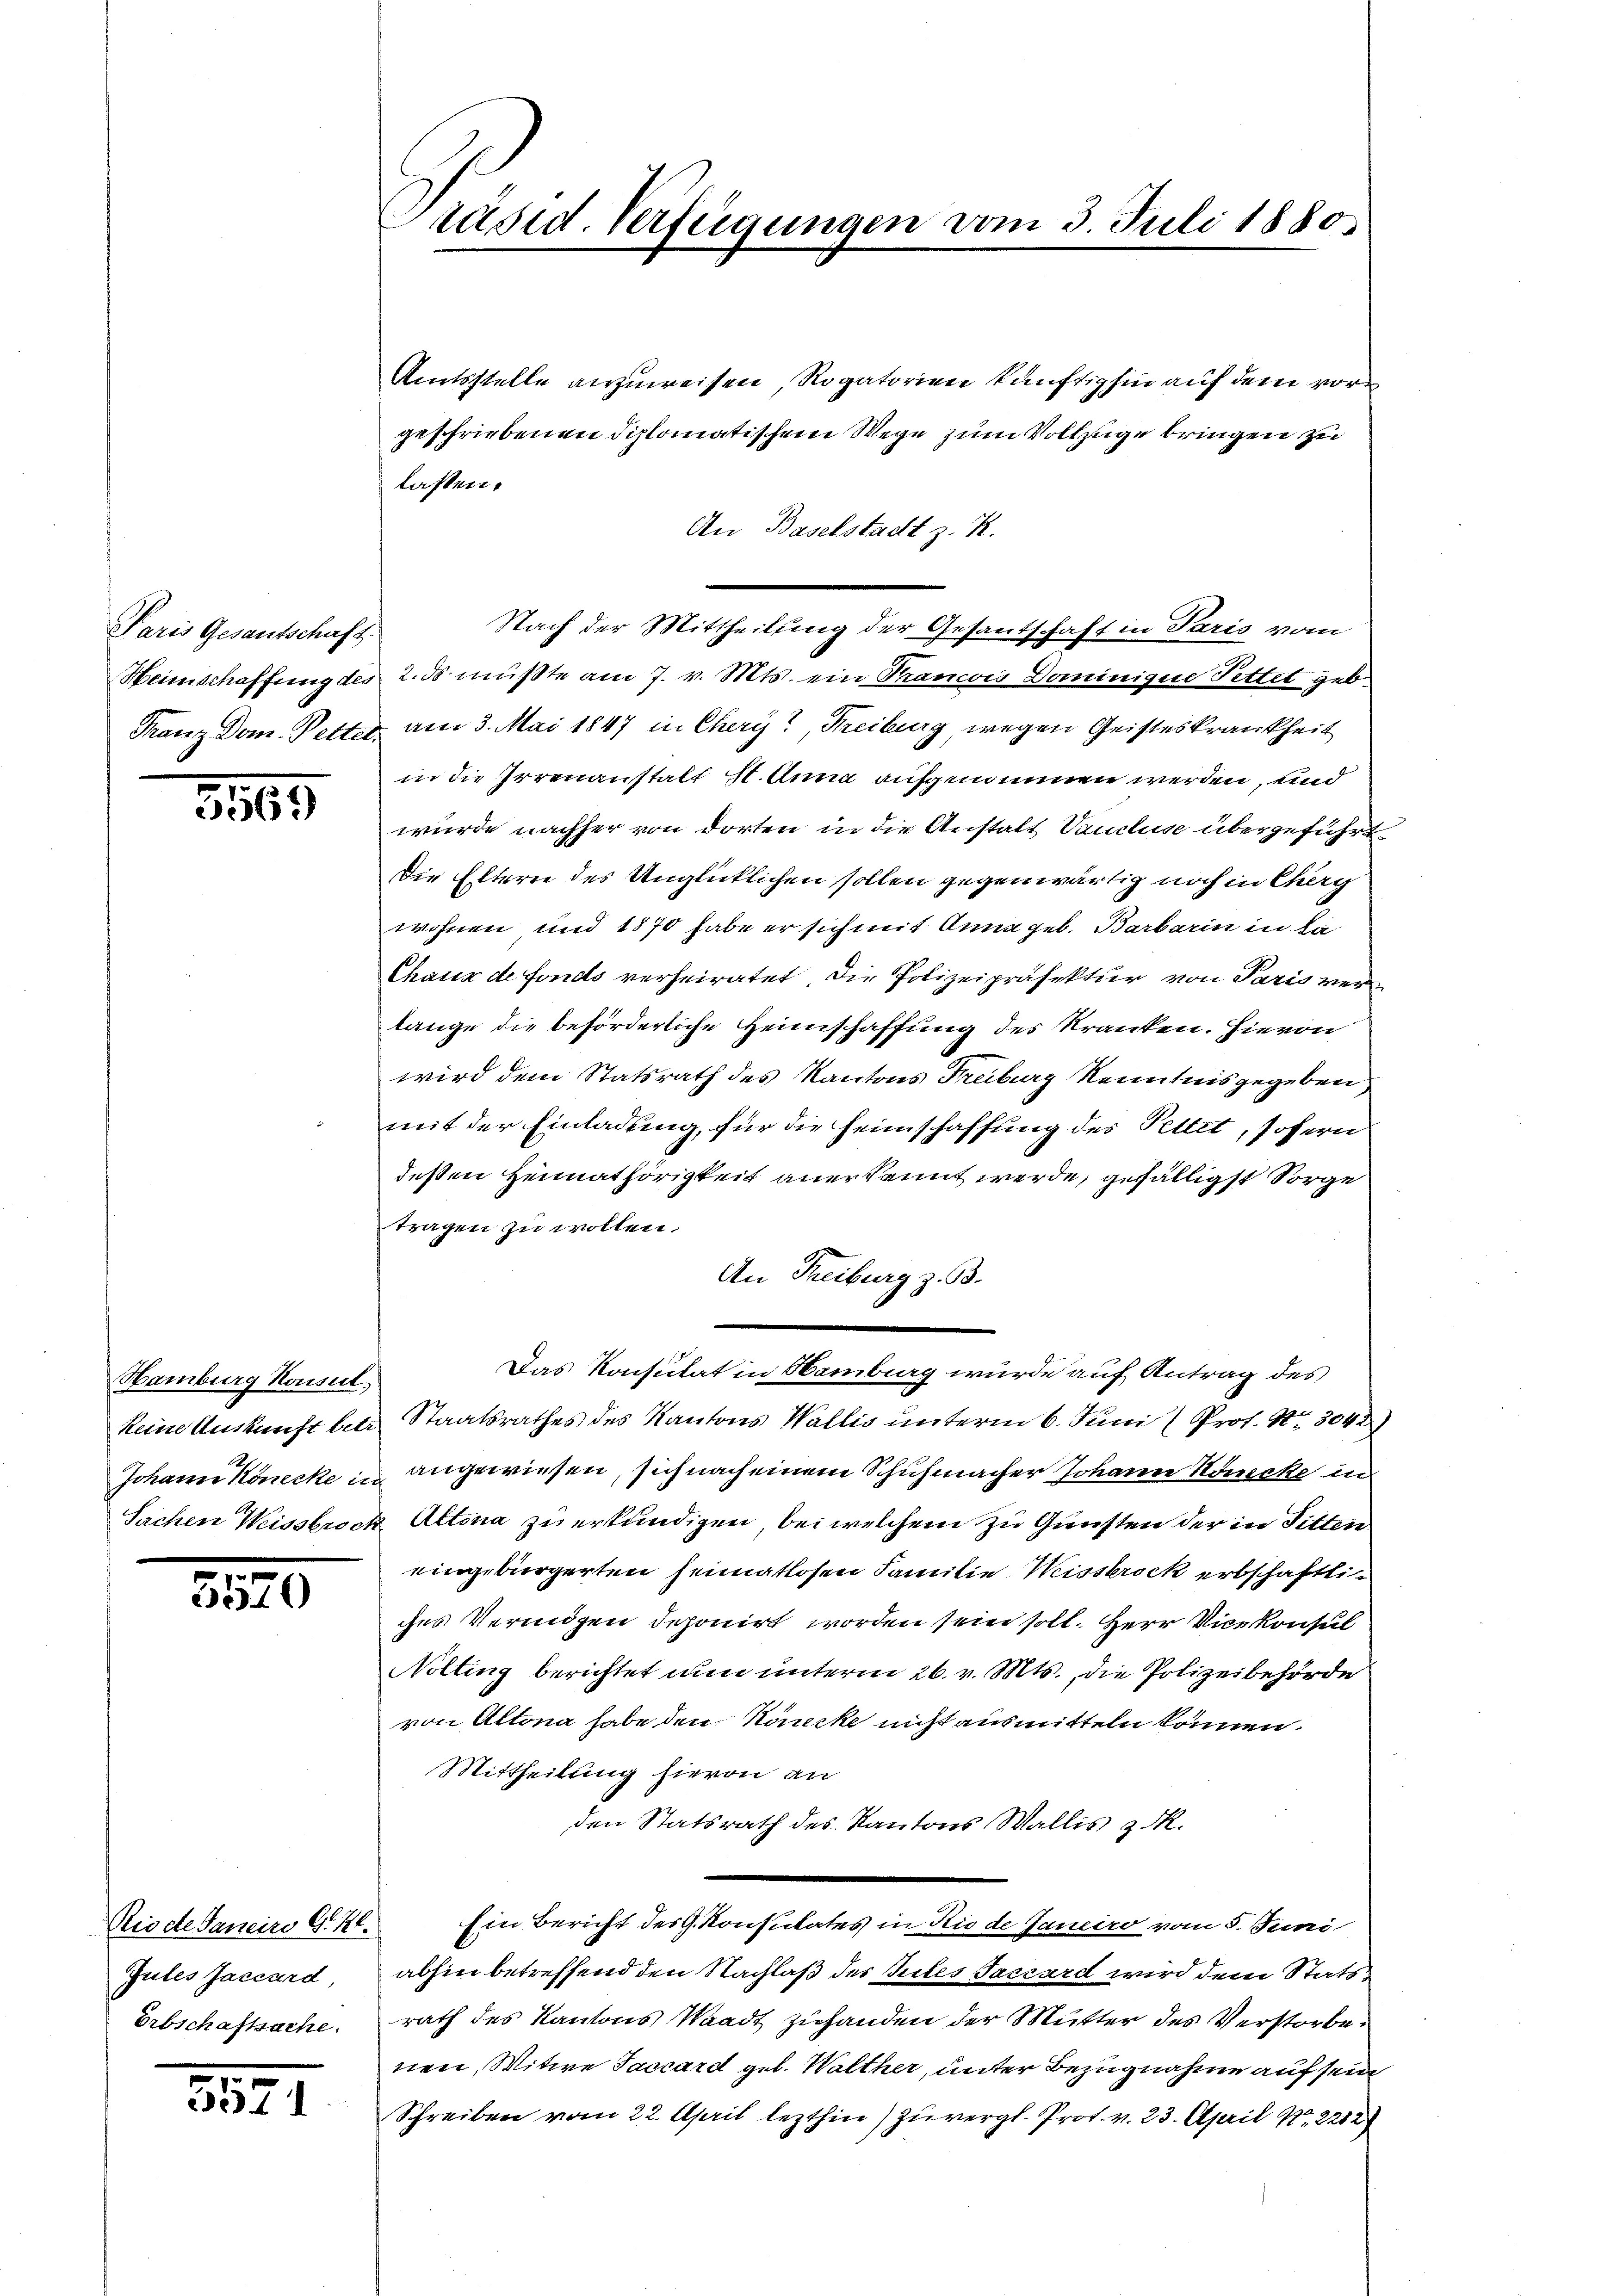
Dein Gantbeh
Franz Dom. Petter

3265

Hamburg Konsul,

2110

Gutes Jaccard
Erbschaftsache.

8577

Amtsstelle anzuweisen, Rogatorien künftighin auf dem vorgeschriebenen diplomatischem Wege zum Vollzuge bringen zu
lassen.
An Baselstadt z. R.
Nach der Mittheilung der Gesantschaft in Paris vom
Heimschaffung des 2. ds müßte am 7. v. Mts. ein Trancois Dominigen Fettet geb.
am 3. Mai 1847 in Chery, Freiburg, wegen Geisteskrankheit
in die Irrenanstalt 1. Anna aufgenommen werden, und
wurde nachher von dorten in die Anstalt Vancluse übergeführt
Die Eltern des Unglücklichen sollen gegenwärtig noch in Cherg
wohnen und 1870 habe er sich mit Anna geb. Barbarin in da-
Chaux de fonds verheiratet. Die Polizeipräfektur von Paris ver
lange die beförderliche Heimschaffung des Kranken. Hievon
wird dem Statsrath des Kantons Freiburg Kenntnisgegeben
mit der Einladung, für die Heimschaffung des Pettet, sofern
deßen Heimathörigkeit anerkannt werde, gefälligst Sorge
tragen zu wollen.
An Freiburg z. B.
Das Konsulat in Hamburg wurde auf Antrag des
keine Auskunft betr. Staatsrathes des Kantons Wallis unterm 6. Juni (Prot. Nr. 3042
Johann Konecke in angewiesen, sich nach einem Schuhmacher Johann Hecke in
Sachen Weissbrock Altona zu erkundigen, bei welchem zu Gunsten der in Sitten
eingebürgerten heimatlosen Familie Weisstrock erbschaftliches Vermögen deponirt worden sein soll. Herr Vicekonsul
Nolting berichtet nun unterm 26. v. Mts., die Polizeibehörde
von Altona habe den Hancke nicht ausmitteln können.
Mittheilung hievon an
den Statsrath des Kantons Wallis z. R.
Niede Saneiro S. 21. Ein Bericht des G. Konsulates in Rio de Janeiro vom 5. Juni
abhin betreffend den Nachlaß des Gutes Sacrard wird dem Statsrath des Kantons Waadt zuhanden der Mutter des Verstorbe
nen, Witwe Saccard geb. Walther, unter Bezugnahme auf sein
Schreiben vom 22. April lezthin) zu vergl. Prof. v. 23. April Nr. 2212

Präsid. Verfügungen vom 3. Juli 1880.